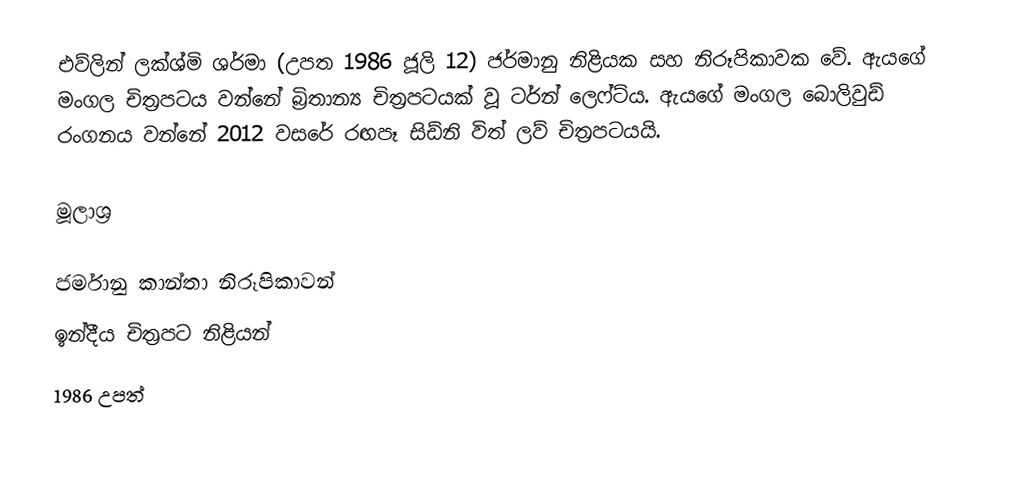
එව්ලින් ලක්ශ්මි ශර්මා (උපත 1986 ජූලි 12) ජර්මානු නිළියක සහ නිරූපිකාවක වේ. ඇයගේ මංගල චිත්‍රපටය වන්නේ බ්‍රිතාන්‍ය චිත්‍රපටයක් වූ ටර්න් ලෙෆ්ට්ය. ඇයගේ මංගල බොලිවුඩ් රංගනය වන්නේ 2012 වසරේ රඟපෑ සිඩ්නි විත් ලව් චිත්‍රපටයයි.

මූලාශ්‍ර

ජර්මානු කාන්තා නිරූපිකාවන්
ඉන්දීය චිත්‍රපට නිළියන්
1986 උපත්